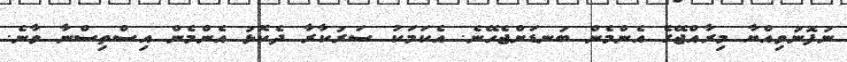
ނުފޮނުވިއްޔާ މިރާއްޖޭގެ އެންމެން ބަނޑަށްޖެހޭނެ. އެކަމަކު ސަރުކާރާ ދެކޮޅު އެންމެން އިސްތިސްނާ ވާނެ.